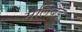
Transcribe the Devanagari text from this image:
मलिबैंड